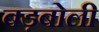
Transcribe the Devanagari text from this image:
बड़बोली